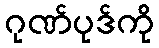
ဂုဏ်ပုဒ်ကို